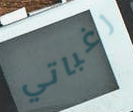
رغباتي